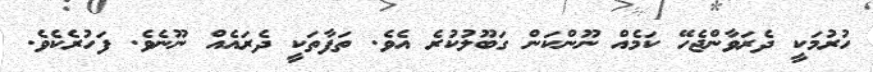
ހުރުމަކީ ދެރަވާންޖެހޭ ކަމެއް ނޫންކަން ގަބޫލުކުރެ އެވެ. ތަފާތަކީ ދެރައެއް ނޫނެވެ. ފަހުރެކެވެ.